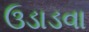
ઉડાડવા